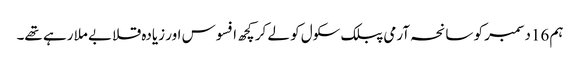
ہم 16دسمبر کو سانحہ آرمی پبلک سکول کو لے کر کچھ افسوس اور زیادہ قلابے ملا رہے تھے۔